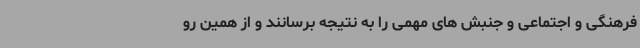
فرهنگی و اجتماعی و جنبش های مهمی را به نتیجه برسانند و از همین رو